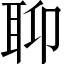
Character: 𦕅